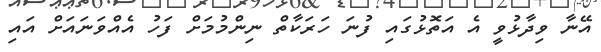
އޭނާ ވިދާޅުވީ އެ އަތޮޅުގައި ފުނަ ހަރަކާތް ނިންމުމަށް ފަހު އެއްވަނައަށް އައި